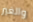
والغير